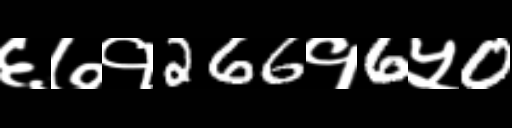
Text: ६७१266१6५0